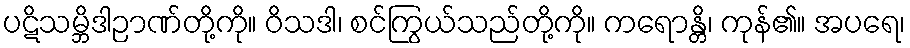
ပဋိသမ္ဘိဒါဉာဏ်တို့ကို။ ဝိသဒါ၊ စင်ကြွယ်သည်တို့ကို။ ကရောန္တိ၊ ကုန်၏။ အပရေ၊